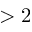
> 2